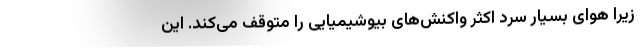
زیرا هوای بسیار سرد اکثر واکنش‌های بیوشیمیایی را متوقف می‌کند. این